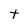
Character: t